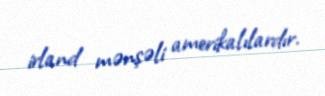
irland mənşəli amerikalılardır.